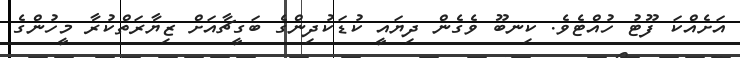
އަށެއްކަ ފޫޓު ހުއްޓެވެ. ކިނބޫ ވެގެން ދިޔައީ ކުޑަކުދިންގެ ބަގީޗާއަށް ޒިޔާރަތްކުރާ މީހުންގެ